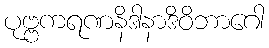
ပုဗ္ဗကရဏနိဒါနာဒိဝိဘာဂေါ